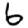
Digit: 6